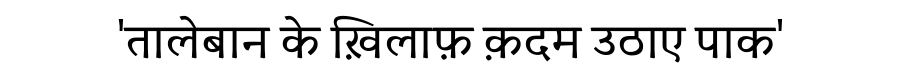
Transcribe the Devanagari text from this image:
'तालेबान के ख़िलाफ़ क़दम उठाए पाक'